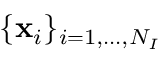
\{ \mathbf { x } _ { i } \} _ { i = 1 , \dots , N _ { I } }